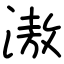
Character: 滶